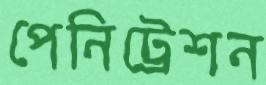
পেনিট্রেশন